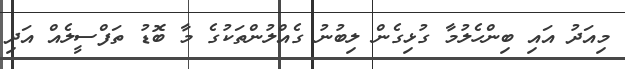
މިއަދު އައި ބިންހެލުމާ ގުޅިގެން ލިބުނު ގެއްލުންތަކުގެ މާ ބޮޑު ތަފްސީލެއް އަދި